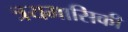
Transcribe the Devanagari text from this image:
त्रयमासिकी